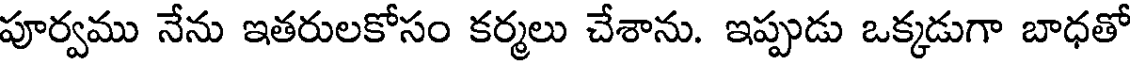
పూర్వము నేను ఇతరులకోసం కర్మలు చేశాను. ఇప్పుడు ఒక్కడుగా బాధతో